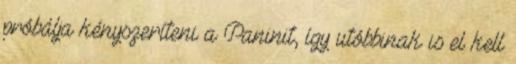
próbálja kényszeríteni a Paninit, így utóbbinak is el kell